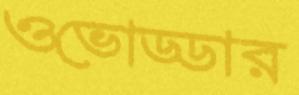
ওভোড্ডার